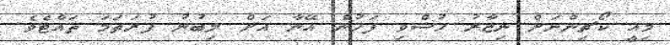
މިއީ ކޯޗިންނަށް ނިޒާރު ހުސްވި ފަހުން އޭނާ އަށް ލިބުނު ފުރަތަމަ ތައްޓެވެ.